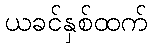
ယခင်နှစ်ထက်